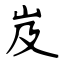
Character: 岌